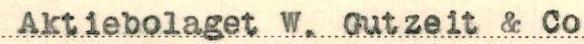
Aktiebolaget W. Gutzeit & Co